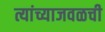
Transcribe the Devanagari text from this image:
त्यांच्याजवळची